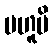
ဗဟူပိ